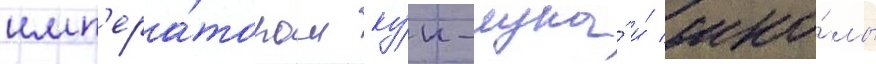
имп'ера́тором ку́н-луна́ и́ шко́лы